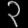
Digit: ၃